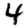
Digit: 4